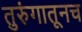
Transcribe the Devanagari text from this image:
तुरुंगातूनच